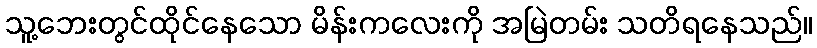
သူ့ဘေးတွင်ထိုင်နေသော မိန်းကလေးကို အမြဲတမ်း သတိရနေသည်။